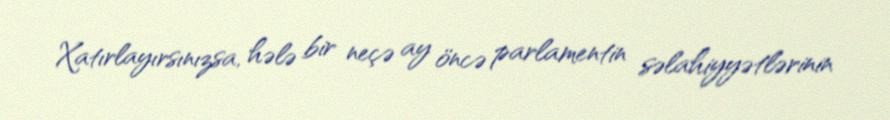
Xatırlayırsınızsa, hələ bir neçə ay öncə parlamentin səlahiyyətlərinin